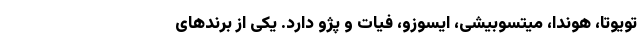
تویوتا، هوندا، میتسوبیشی، ایسوزو، فیات و پژو دارد. یکی از برندهای